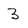
Character: 3